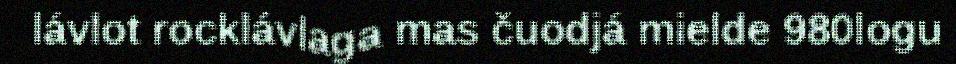
lávlot rocklávlaga mas čuodjá mielde 980logu